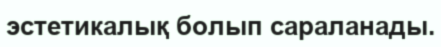
эстетикалық болып сараланады.